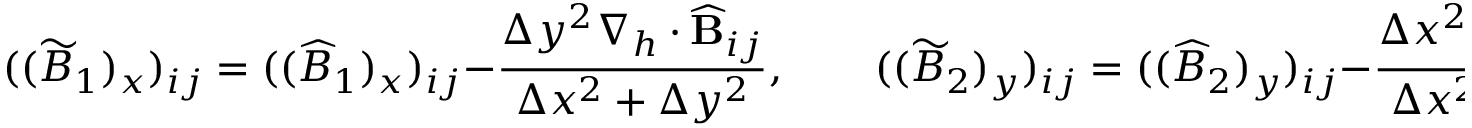
( ( \widetilde { B } _ { 1 } ) _ { x } ) _ { i j } = ( ( \widehat { B } _ { 1 } ) _ { x } ) _ { i j } - \frac { \Delta y ^ { 2 } \nabla _ { h } \cdot \widehat { \mathbf { B } } _ { i j } } { \Delta x ^ { 2 } + \Delta y ^ { 2 } } , \qquad ( ( \widetilde { B } _ { 2 } ) _ { y } ) _ { i j } = ( ( \widehat { B } _ { 2 } ) _ { y } ) _ { i j } - \frac { \Delta x ^ { 2 } \nabla _ { h } \cdot \widehat { \mathbf { B } } _ { i j } } { \Delta x ^ { 2 } + \Delta y ^ { 2 } } .